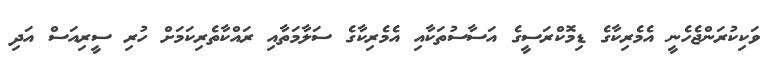
ވަކިކުރަންޖެހެނީ އެމެރިކާގެ ޑިމޮކްރަސީގެ އަސާސުތަކާއި އެމެރިކާގެ ސަލާމަތާއި ރައްކާތެރިކަމަށް ހުރި ސީރިއަސް އަދި